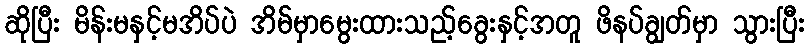
ဆိုပြီး မိန်းမနှင့်မအိပ်ပဲ အိမ်မှာမွေးထားသည့်ခွေးနှင့်အတူ ဖိနပ်ချွတ်မှာ သွားပြီး